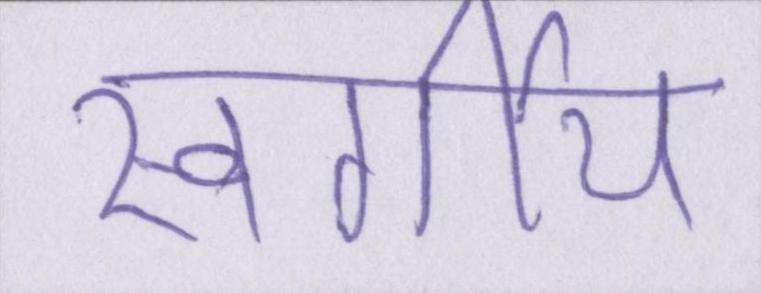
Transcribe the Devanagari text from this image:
स्वर्गीय